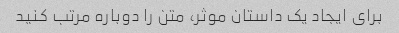
برای ایجاد یک داستان موثر، متن را دوباره مرتب کنید